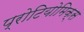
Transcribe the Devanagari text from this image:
प्रोटियोमिक्स